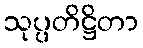
သုပ္ပတိဋ္ဌိတာ